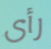
رأى